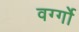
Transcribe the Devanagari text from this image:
वर्ग्गो